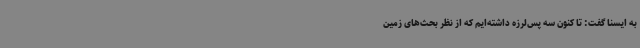
به ایسنا گفت: تا کنون سه پس‌لرزه داشته‌ایم که از نظر بحث‌های زمین